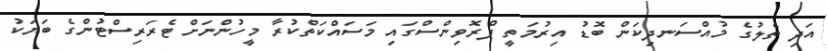
އަދި ތެލުގެ މުއްސަނދިކަން ބޮޑު އިރުމަތީ ޕްރޮވިންސްގައި މަސައްކަތްކުރާ މީހުންނަށް ޓެރަރިސްޓުންގެ ބަޔަކު